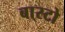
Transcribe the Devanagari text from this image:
बा्स्टो